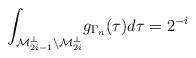
LaTeX: \begin{align*}\int_{\mathcal{M}_{2i-1}^\perp\setminus\mathcal{M}_{2i}^\perp}\! g_{\Gamma_n}(\tau) d\tau = 2^{-i}\end{align*}